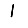
Digit: 1